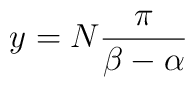
{y = N {\pi \over {\beta - \alpha}}}